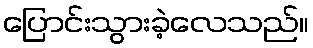
ပြောင်းသွားခဲ့လေသည်။